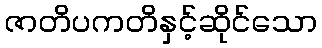
ဇာတိပကတိနှင့်ဆိုင်သော